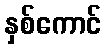
နှစ်ကောင်